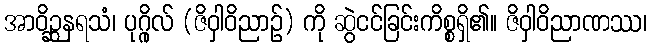
အာဝိဉ္ဆနရသံ၊ ပုဂ္ဂိုလ် (ဇိဝှါဝိညာဉ်) ကို ဆွဲငင်ခြင်းကိစ္စရှိ၏။ ဇိဝှါဝိညာဏဿ၊